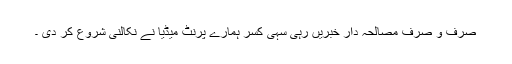
صرف و صرف مصالحہ دار خبریں رہی سہی کسر ہمارے پرنٹ میڈیا نے نکالنی شروع کر دی ۔